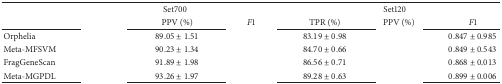
<table><thead><tr><td rowspan="2">[EMPTY_CELL]</td><td colspan="3"><b> Set700</b></td><td colspan="3"><b> Set120</b></td></tr><tr><td>[EMPTY_CELL]</td><td><b>PPV (%)</b></td><td><b><i>F</i>1</b></td><td><b>TPR (%)</b></td><td><b>PPV (%)</b></td><td><b><i>F</i>1</b></td></tr></thead><tbody><tr><td>Orphelia</td><td>[EMPTY_CELL]</td><td>89.05 ± 1.51</td><td>[EMPTY_CELL]</td><td>83.19 ± 0.98</td><td>[EMPTY_CELL]</td><td>0.847 ± 0.985</td></tr><tr><td>Meta-MFSVM</td><td>[EMPTY_CELL]</td><td>90.23 ± 1.34</td><td>[EMPTY_CELL]</td><td>84.70 ± 0.66</td><td>[EMPTY_CELL]</td><td>0.849 ± 0.543</td></tr><tr><td>FragGeneScan</td><td>[EMPTY_CELL]</td><td>91.89 ± 1.98</td><td>[EMPTY_CELL]</td><td>86.56 ± 0.71</td><td>[EMPTY_CELL]</td><td>0.868 ± 0.013</td></tr><tr><td>Meta-MGPDL</td><td>[EMPTY_CELL]</td><td>93.26 ± 1.97</td><td>[EMPTY_CELL]</td><td>89.28 ± 0.63</td><td>[EMPTY_CELL]</td><td>0.899 ± 0.006</td></tr></tbody></table>